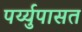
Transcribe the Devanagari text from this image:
पर्य्युपासत